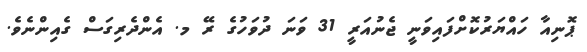
ޕޮނިއާ ހައްޔަރުކޮށްފައިވަނީ ޖެނުއަރީ 31 ވަނަ ދުވަހުގެ ރޭ މ. އެންދެރިގަސް ގެއިންނެވެ.